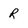
Character: R